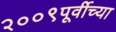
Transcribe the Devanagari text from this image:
२००९पूर्वीच्या